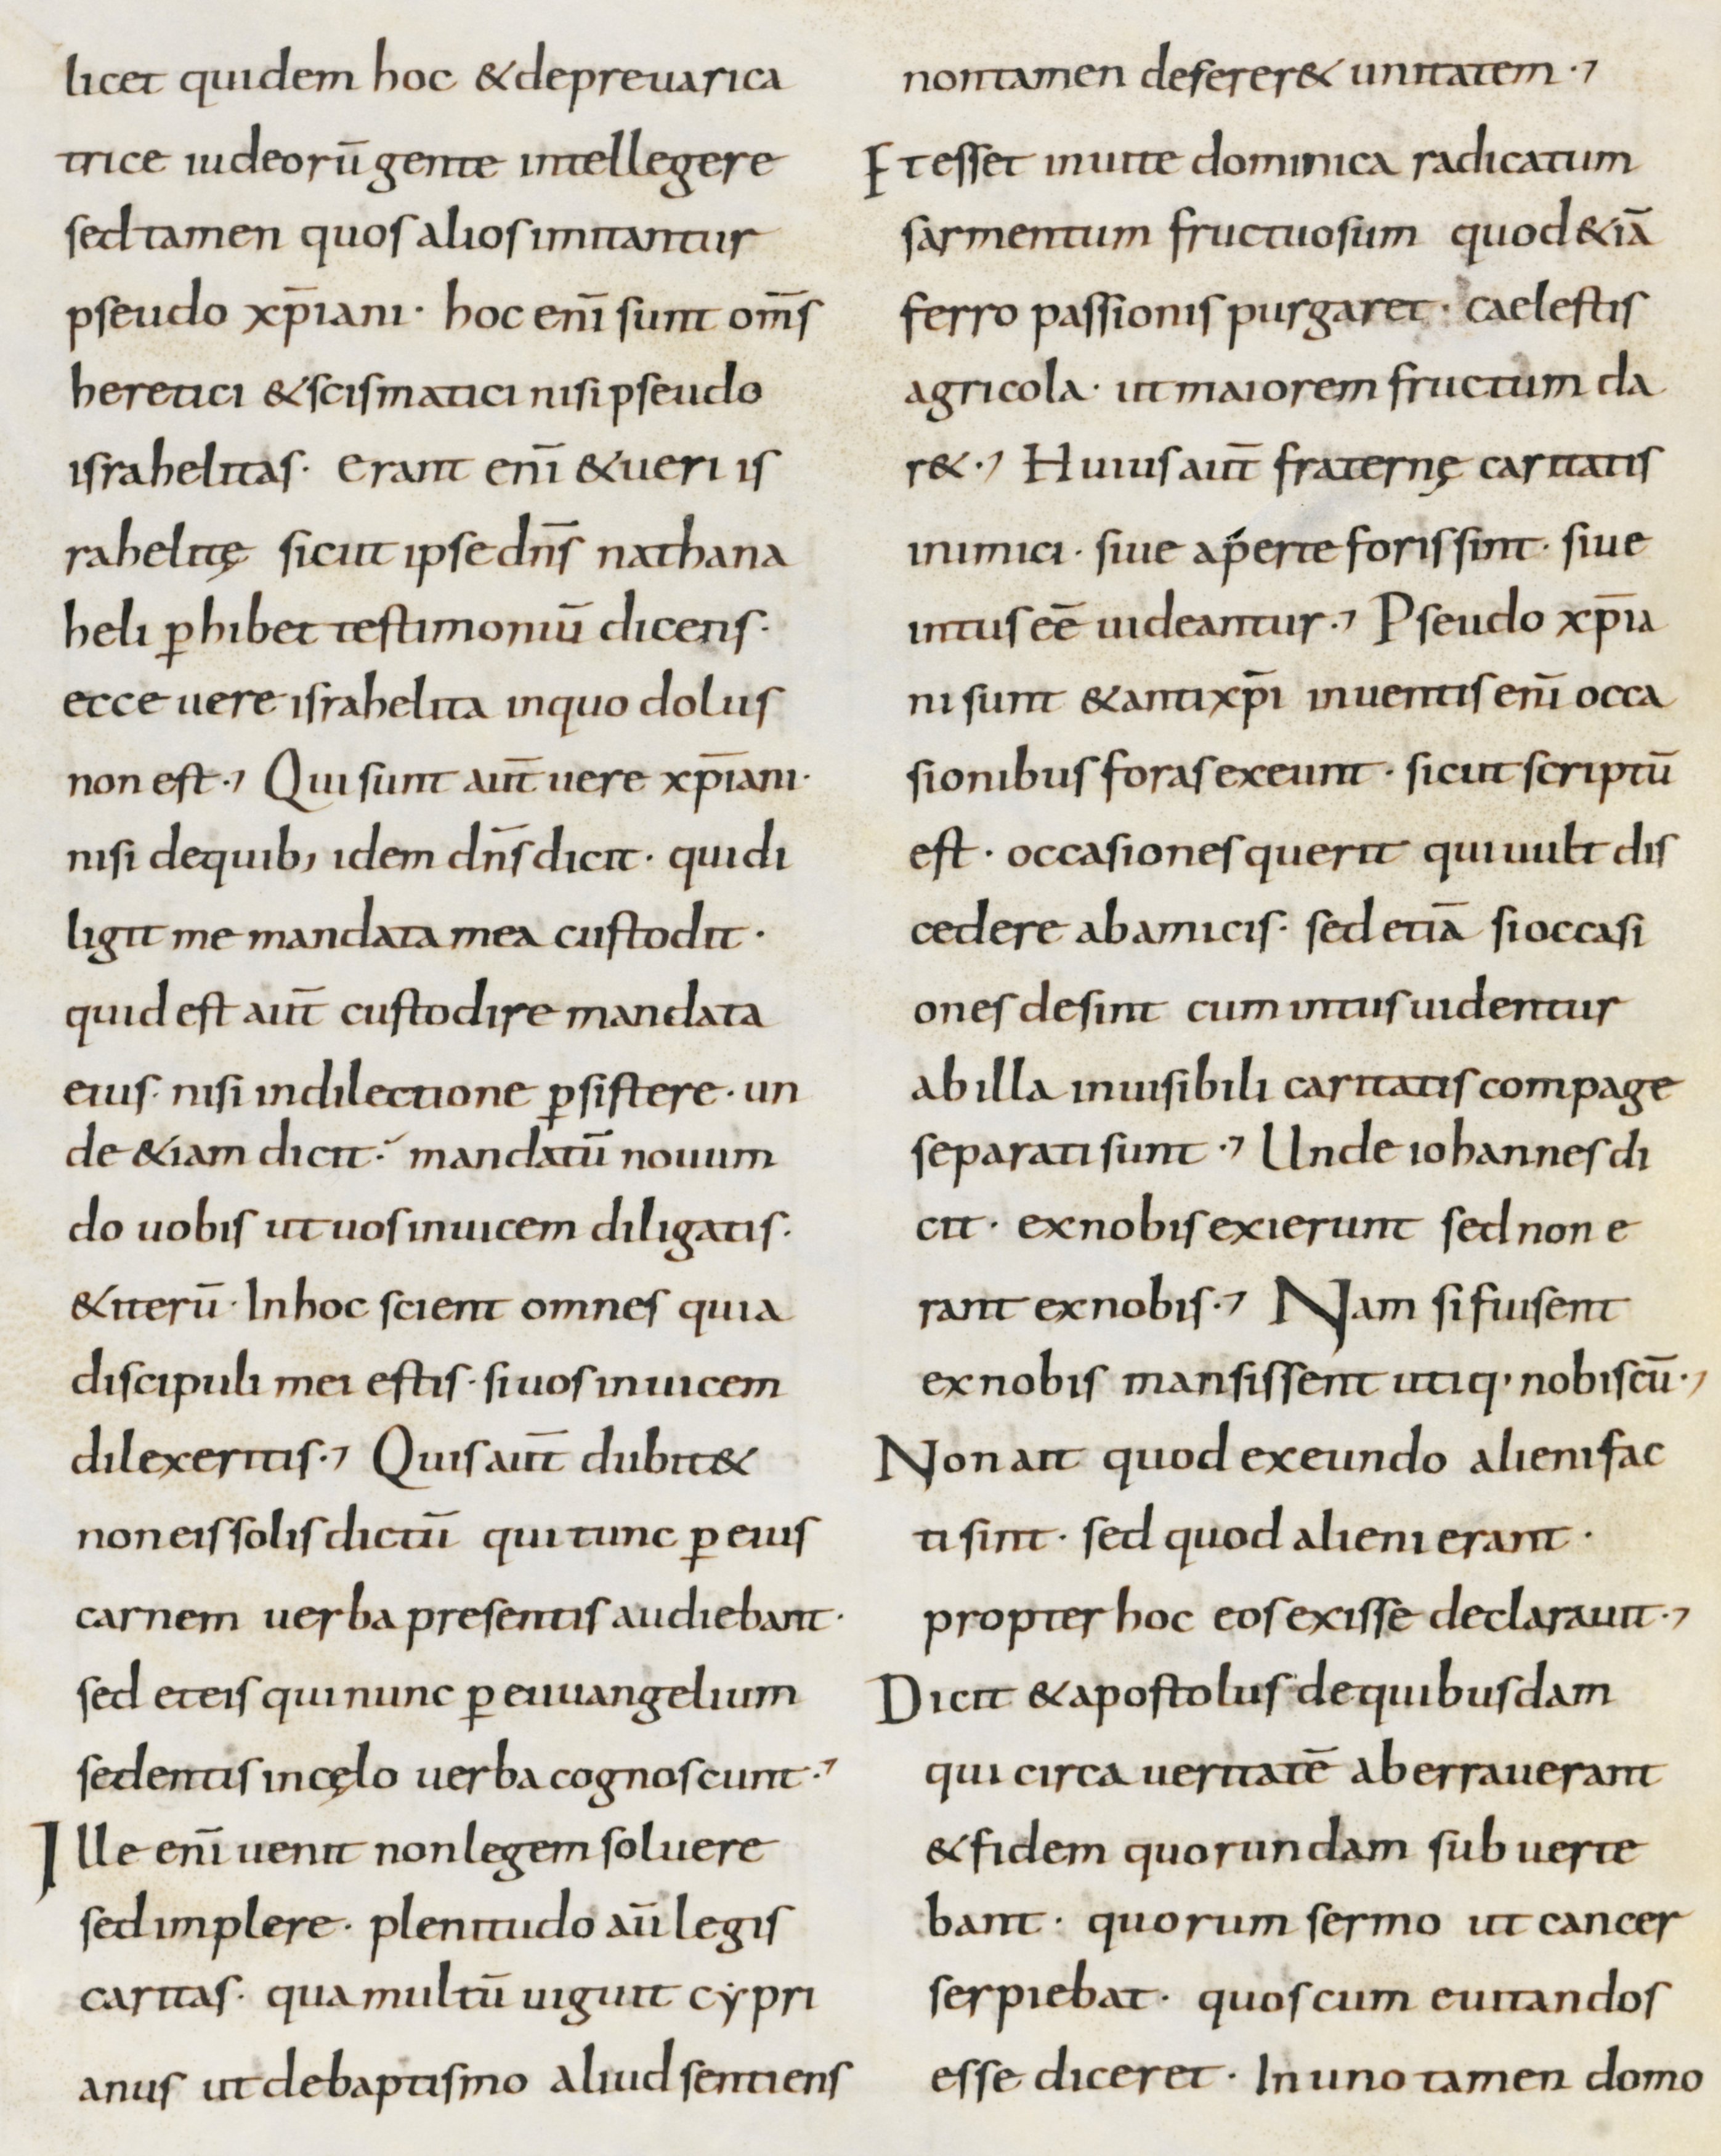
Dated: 800–899